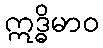
ဣဒ္ဓိမာဝ